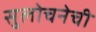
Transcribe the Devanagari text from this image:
सुलोचनेची